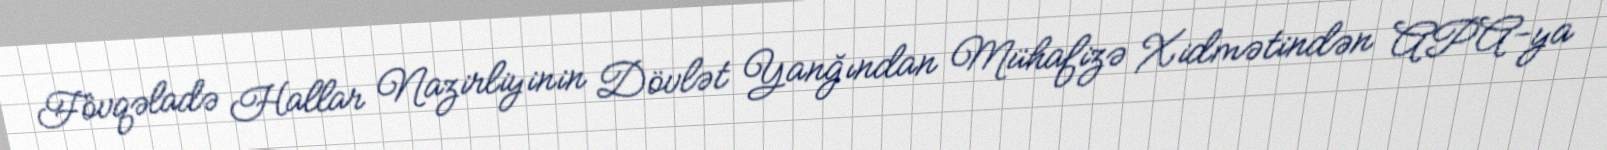
Fövqəladə Hallar Nazirliyinin Dövlət Yanğından Mühafizə Xidmətindən APA-ya